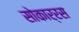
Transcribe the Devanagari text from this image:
सोकार्रस